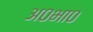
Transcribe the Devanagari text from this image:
अ०भा०